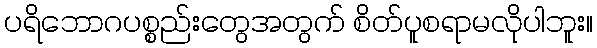
ပရိဘောဂပစ္စည်းတွေအတွက် စိတ်ပူစရာမလိုပါဘူး။